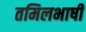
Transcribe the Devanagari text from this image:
तमिलभाषी